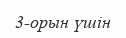
3-орын үшін